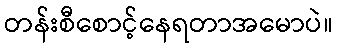
တန်းစီစောင့်နေရတာအမောပဲ။